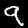
Digit: 9